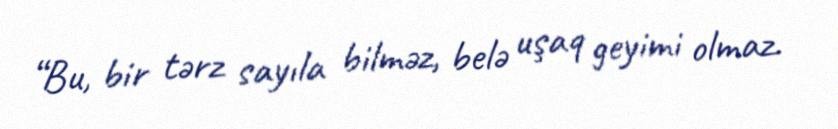
“Bu, bir tərz sayıla bilməz, belə uşaq geyimi olmaz.